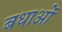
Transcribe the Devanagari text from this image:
बधाओं